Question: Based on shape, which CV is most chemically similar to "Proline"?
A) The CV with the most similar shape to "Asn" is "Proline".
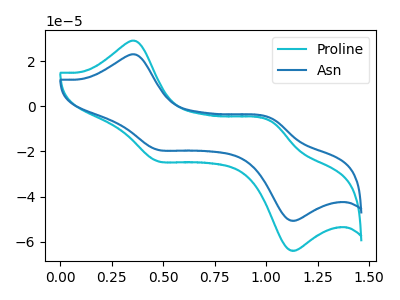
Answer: <think>The cyan curve "Proline" has anodic peaks at (0.35V, 28.95uA) (1.00V, -6.70uA) and cathodic peaks at (0.45V, -24.15uA) (1.10V, -63.65uA). The blue curve "Asn" has anodic peaks at (0.35V, 22.90uA) (1.00V, -5.30uA) and cathodic peaks at (0.45V, -19.10uA) (1.10V, -50.45uA).
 All the peaks in "Proline" have a peak in "Asn" at the same potential.</think>
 <answer>A) The CV with the most similar shape to "Asn" is "Proline".</answer>
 <eval>A</eval>